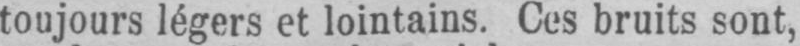
toujours légers et lointains. Ces bruits sont,